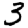
Digit: 3